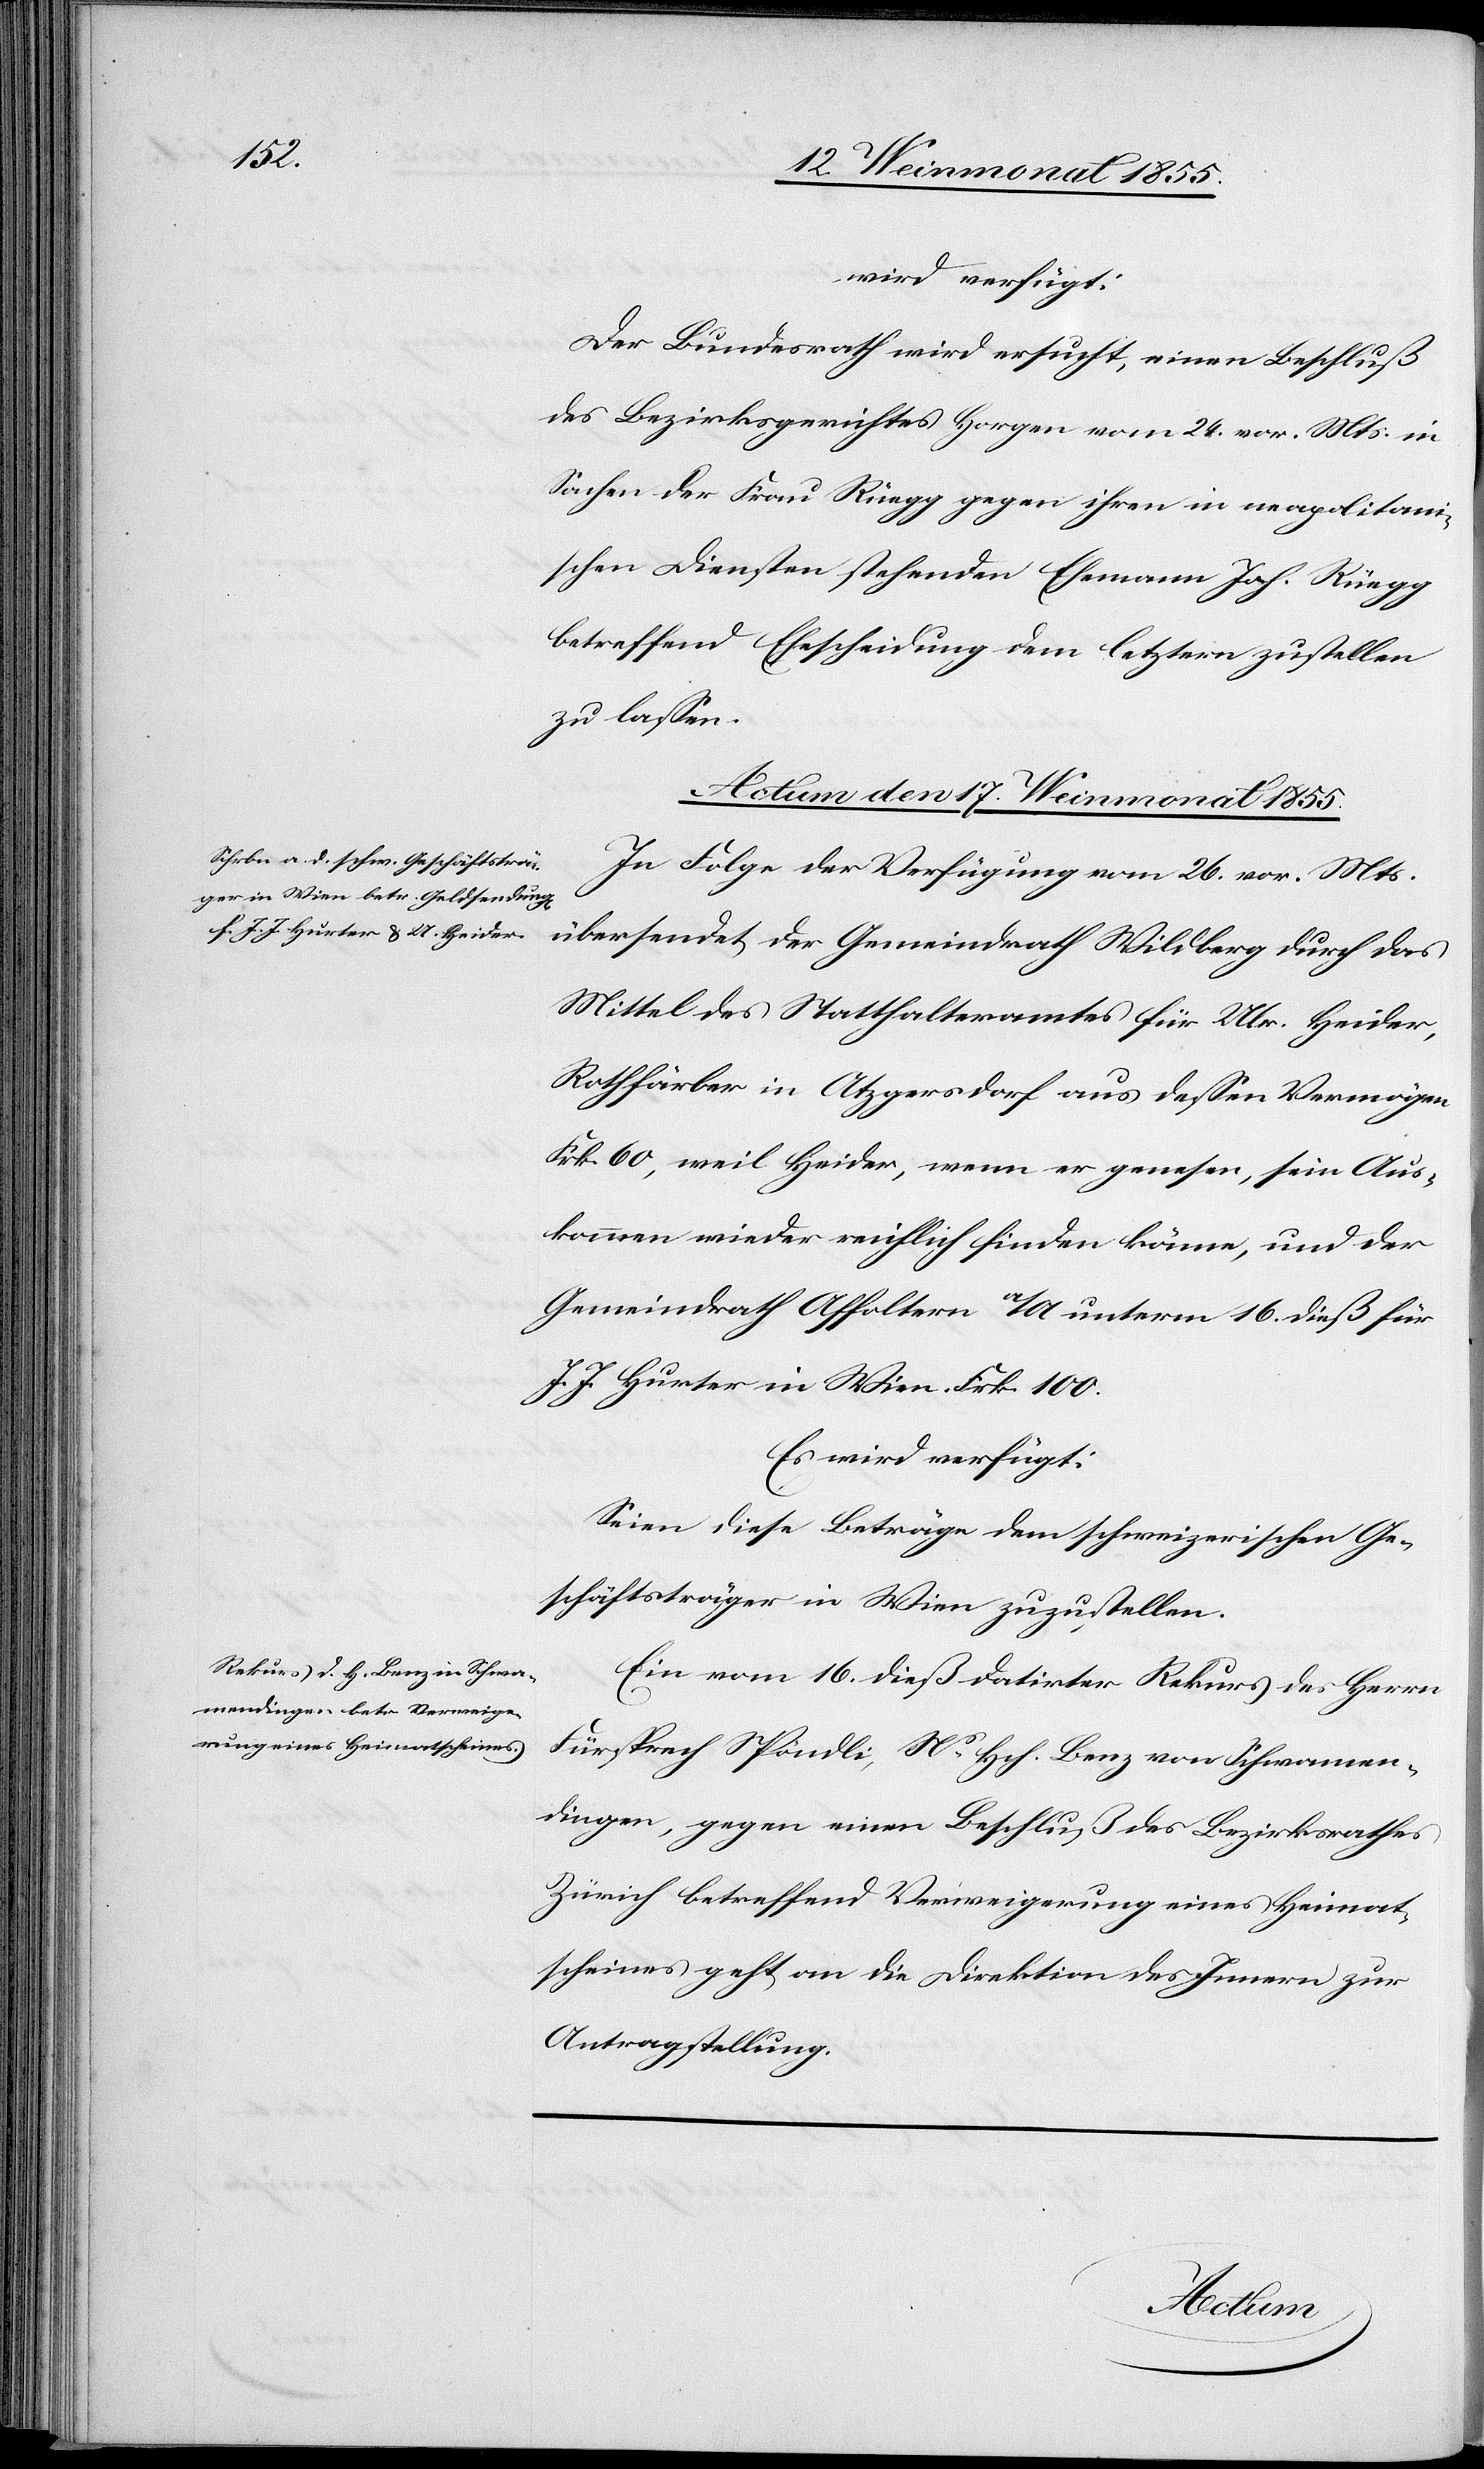
wird verfügt:
Der Bundesrath wird ersucht, einen Beschluß
des Bezirksgerichtes Horgen vom 24. vor. Mts. in
Sachen der Frau Rüegg gegen ihren in neapolitani¬
schen Diensten stehenden Ehemann Joh. Rüegg
betreffend Ehescheidung dem letztern zustellen
zu lassen.
Actum den 17. Weinmonat 1855.]
In Folge der Verfügung vom 26. vor. Mts.
übersendet der Gemeindrath Wildberg durch das
Mittel des Statthalteramtes für Ulr. Heider,
Rothfärber in Atzgersdorf aus dessen Vermögen
Frk. 60, weil Heider, wenn er genesen, sein Aus¬
kommen wieder reichlich finden könne, und der
Gemeindrath Affoltern a/A unterm 16. dieß für
J. J. Hurter in Wien Frk. 100.
Es wird verfügt:
Seien diese Beträge dem schweizerischen Ge¬
schäftsträger in Wien zuzustellen.
Ein vom 16. dieß datirter Rekurs des Herrn
Fürsprech Spöndli, Ns. Hch. Benz von Schwamen¬
dingen, gegen einen Beschluß des Bezirksrathes
Zürich betreffend Verweigerung eines Heimat¬
scheines geht an die Direktion des Innern zur
Antragstellung.